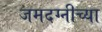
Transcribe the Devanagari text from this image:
जमदग्नीच्या